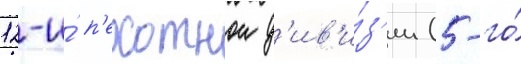
12-и́ п'ехотнои д'ив'и́з'ии (5-го́